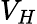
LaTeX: V_{H}